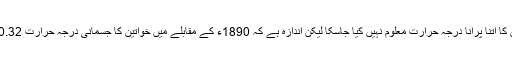
اگرچہ خواتین کا اتنا پرانا درجہ حرارت معلوم نہیں کیا جاسکا لیکن اندازہ ہے کہ 1890ء کے مقابلے میں خواتین کا جسمانی درجہ حرارت 0.32° کم ہوا ہے۔